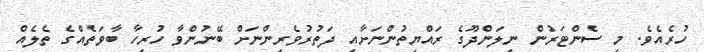
ހުރެއެވެ. މި ސެންޓަރުން ނިލަންދޫގެ ރައްޔިތުންނަށާއި ދަތުރުވެރިންނަށް ބޭނުންވާ ހުރިހާ ބާވަތެއްގެ ތެލެއް